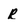
Character: r